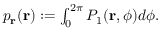
\begin{array} { r } { p _ { \mathbf { r } } ( \mathbf { r } ) : = \int _ { 0 } ^ { 2 \pi } P _ { 1 } ( \mathbf { r } , \phi ) d \phi . } \end{array}